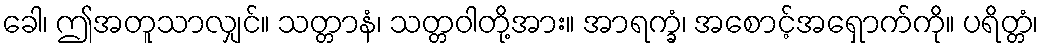
ခေါ၊ ဤအတူသာလျှင်။ သတ္တာနံ၊ သတ္တဝါတို့အား။ အာရက္ခံ၊ အစောင့်အရှောက်ကို။ ပရိတ္တံ၊